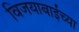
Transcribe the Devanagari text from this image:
विजयाबाईंच्या